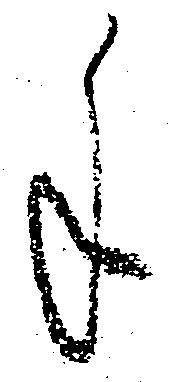
手